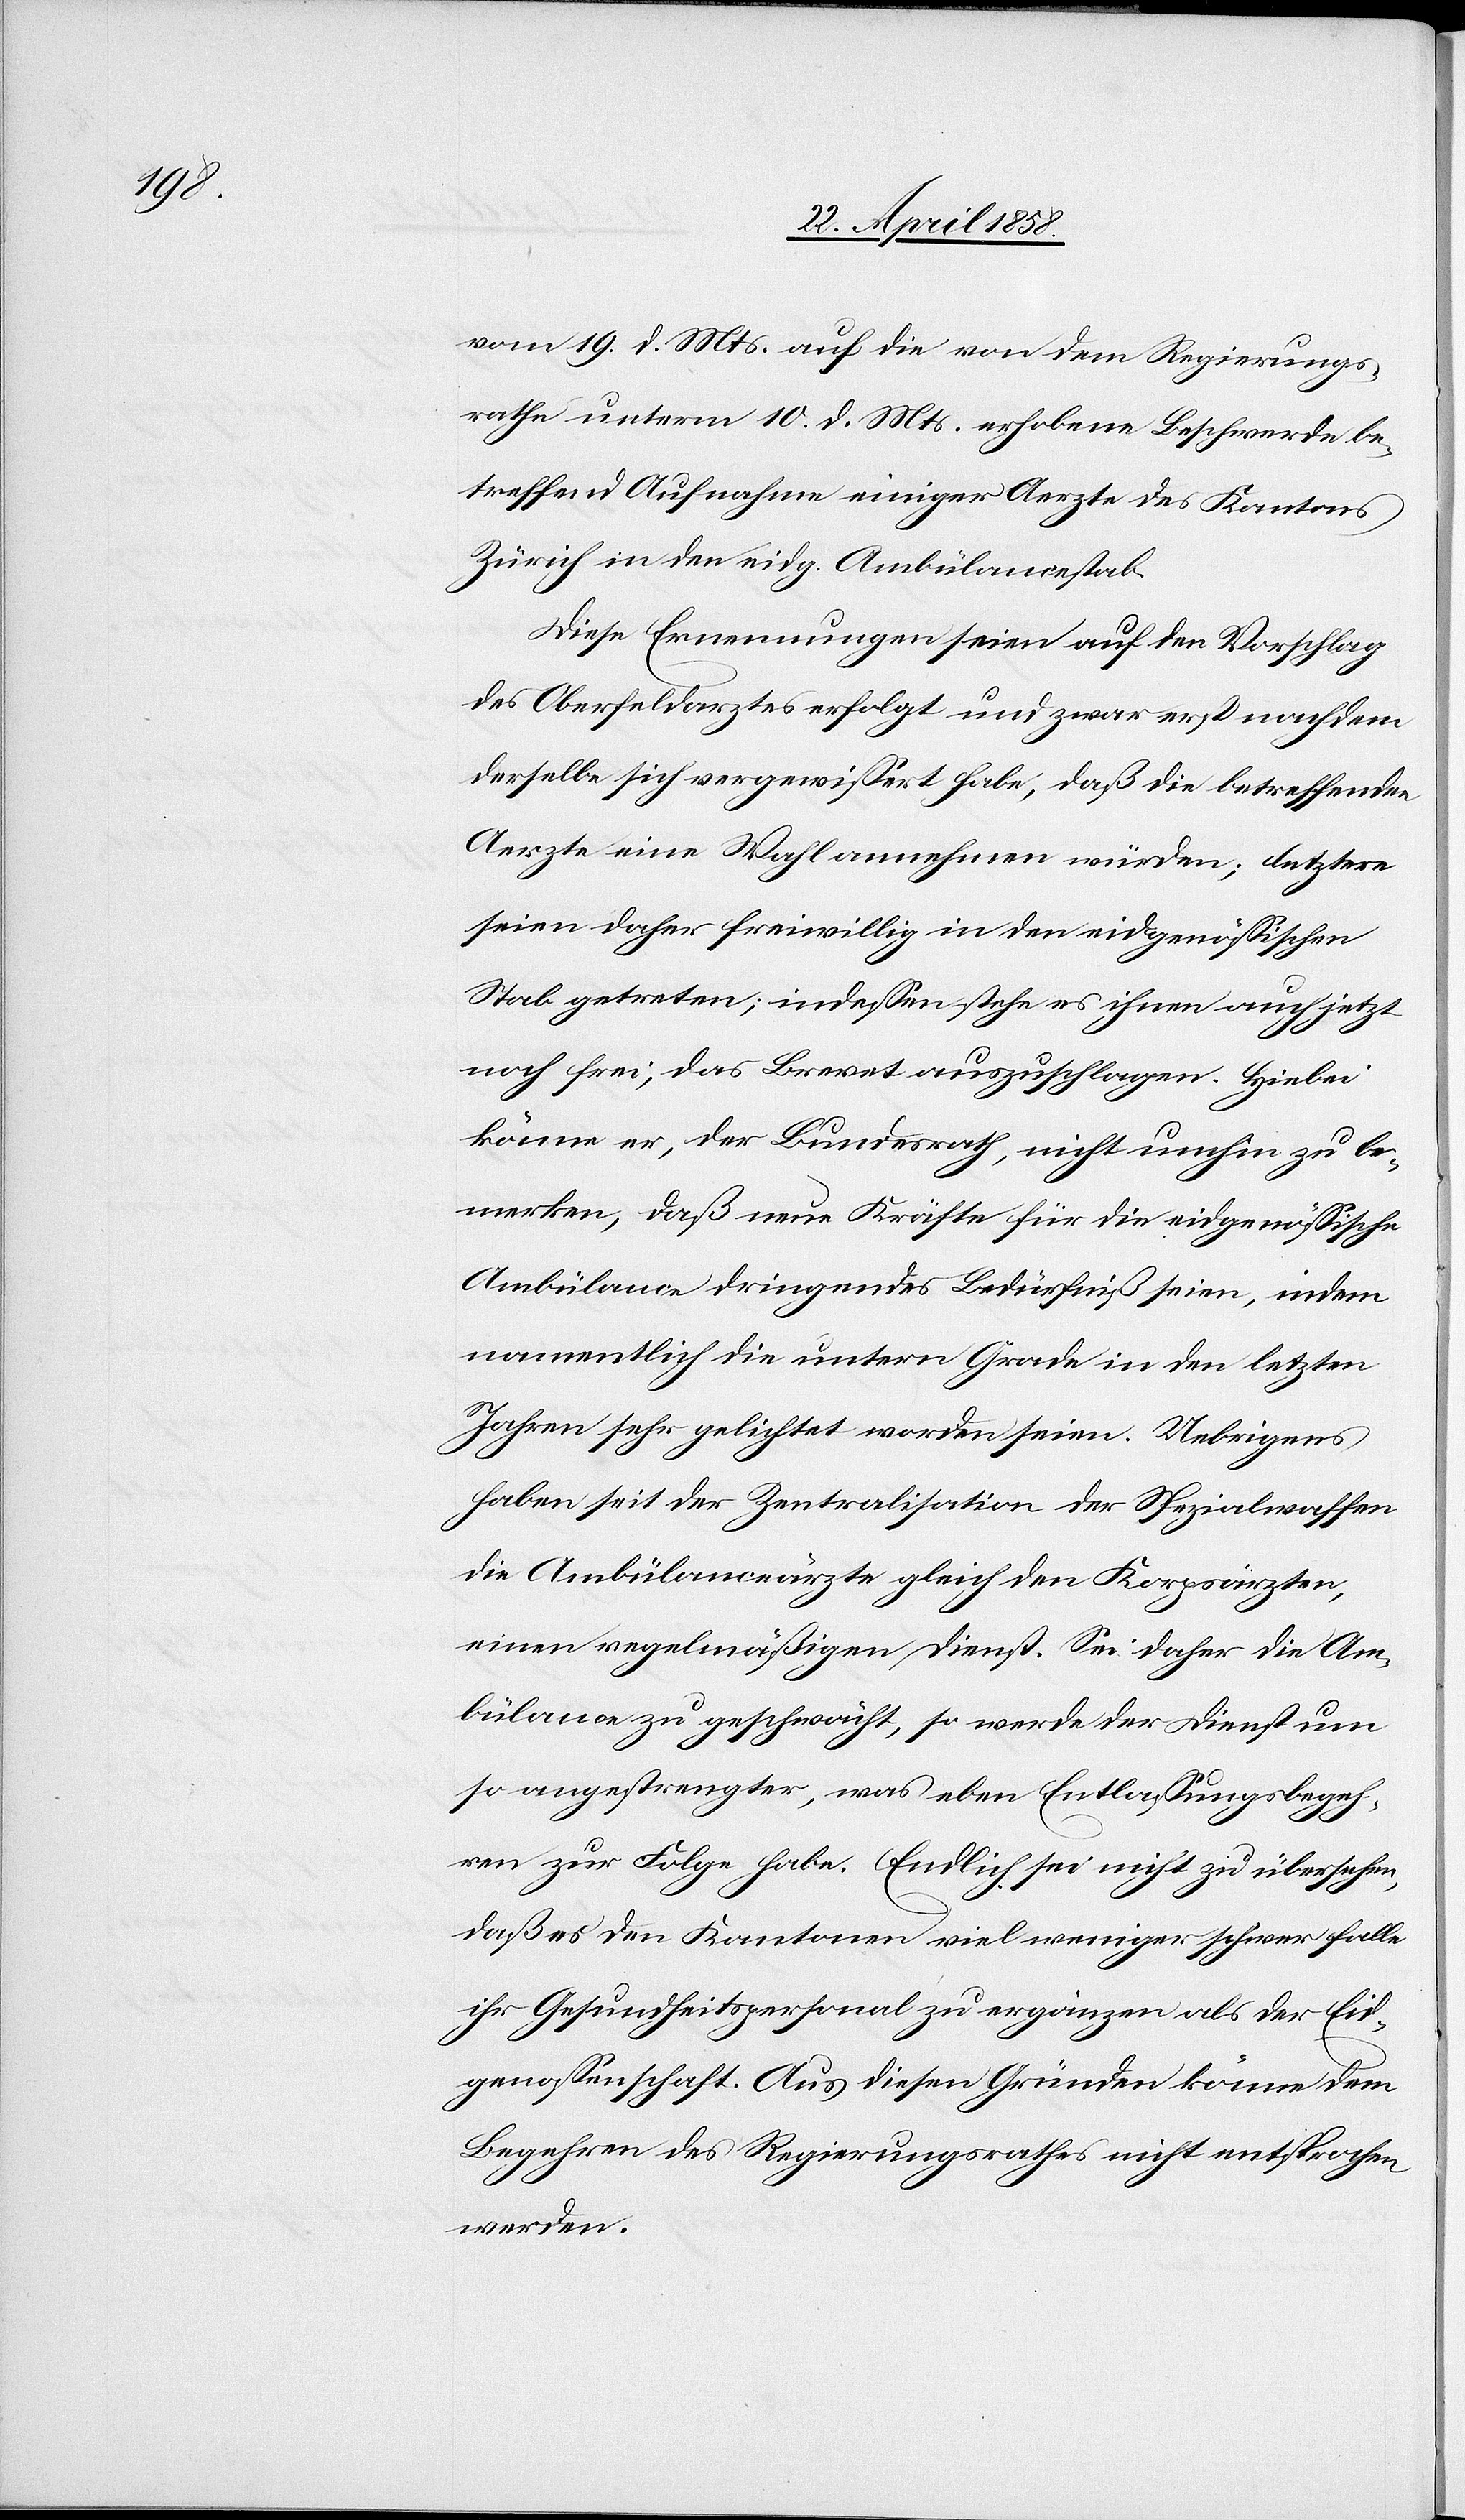
vom 19. d. Mts. auf die von dem Regierungs¬
rathe unterm 10. d. Mts. erhobene Beschwerde be¬
treffend Aufnahme einiger Aerzte des Kantons
Zürich in den eidg. Ambülancestab.
Diese Ernennungen seien auf den Vorschlag
des Oberfeldarztes erfolgt und zwar erst nachdem
derselbe sich vergewißert habe, daß die betreffenden
Aerzte eine Wahl annehmen würden; letztere
seien daher freiwillig in den eidgenössischen
Stab getreten, indessen stehe es ihnen auch jetzt
noch frei, das Brevet auszuschlagen. Hiebei
komme er, der Bundesrath, nicht umhin zu be¬
merken, daß neue Kräfte für die eidgenössische
Ambülance dringendes Bedürfniß seien, indem
namentlich die untern Grade in den letzten
Jahren sehr gelichtet worden sein. Uebrigens
haben seit der Zentralisation der Spezialwaffen
die Ambülanceärzte gleich den Korpsärzten,
einen regelmäßigen Dienst. Sei daher die Am¬
bülance zu geschwächt, so werde der Dienst um
so angestrengter, was eben Entlassungsbegeh¬
ren zur Folge habe. Endlich sei nicht zu übersehen,
daß es den Kantonen viel weniger schwer falle
ihr Gesundheitspersonal zu ergänzen als der Eid¬
genossenschaft. Aus diesen Gründen könne dem
Begehren des Regierungsrathes nicht entsprochen
werden.